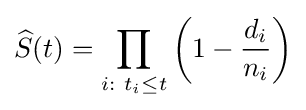
{\widehat {S}}(t)=\prod \limits _{i:\ t_{i}\leq t}\left(1-{\frac {d_{i}}{n_{i}}}\right)